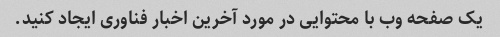
یک صفحه وب با محتوایی در مورد آخرین اخبار فناوری ایجاد کنید.